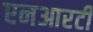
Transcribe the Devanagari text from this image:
एनआरटी